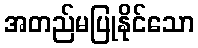
အတည်မပြုနိုင်သော